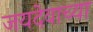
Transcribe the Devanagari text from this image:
जयदेवाच्या